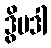
ဒွိပဒါ